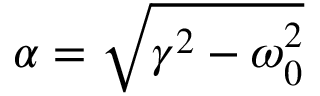
\alpha = \sqrt { \gamma ^ { 2 } - \omega _ { 0 } ^ { 2 } }